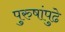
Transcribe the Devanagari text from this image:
पुरुषांपुढे